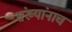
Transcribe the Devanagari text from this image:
संख्यांनाच